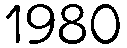
1980